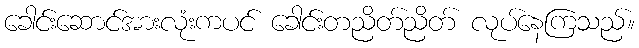
ခေါင်းဆောင်အားလုံးကပင် ခေါင်းတညိတ်ညိတ် လုပ်နေကြသည်။